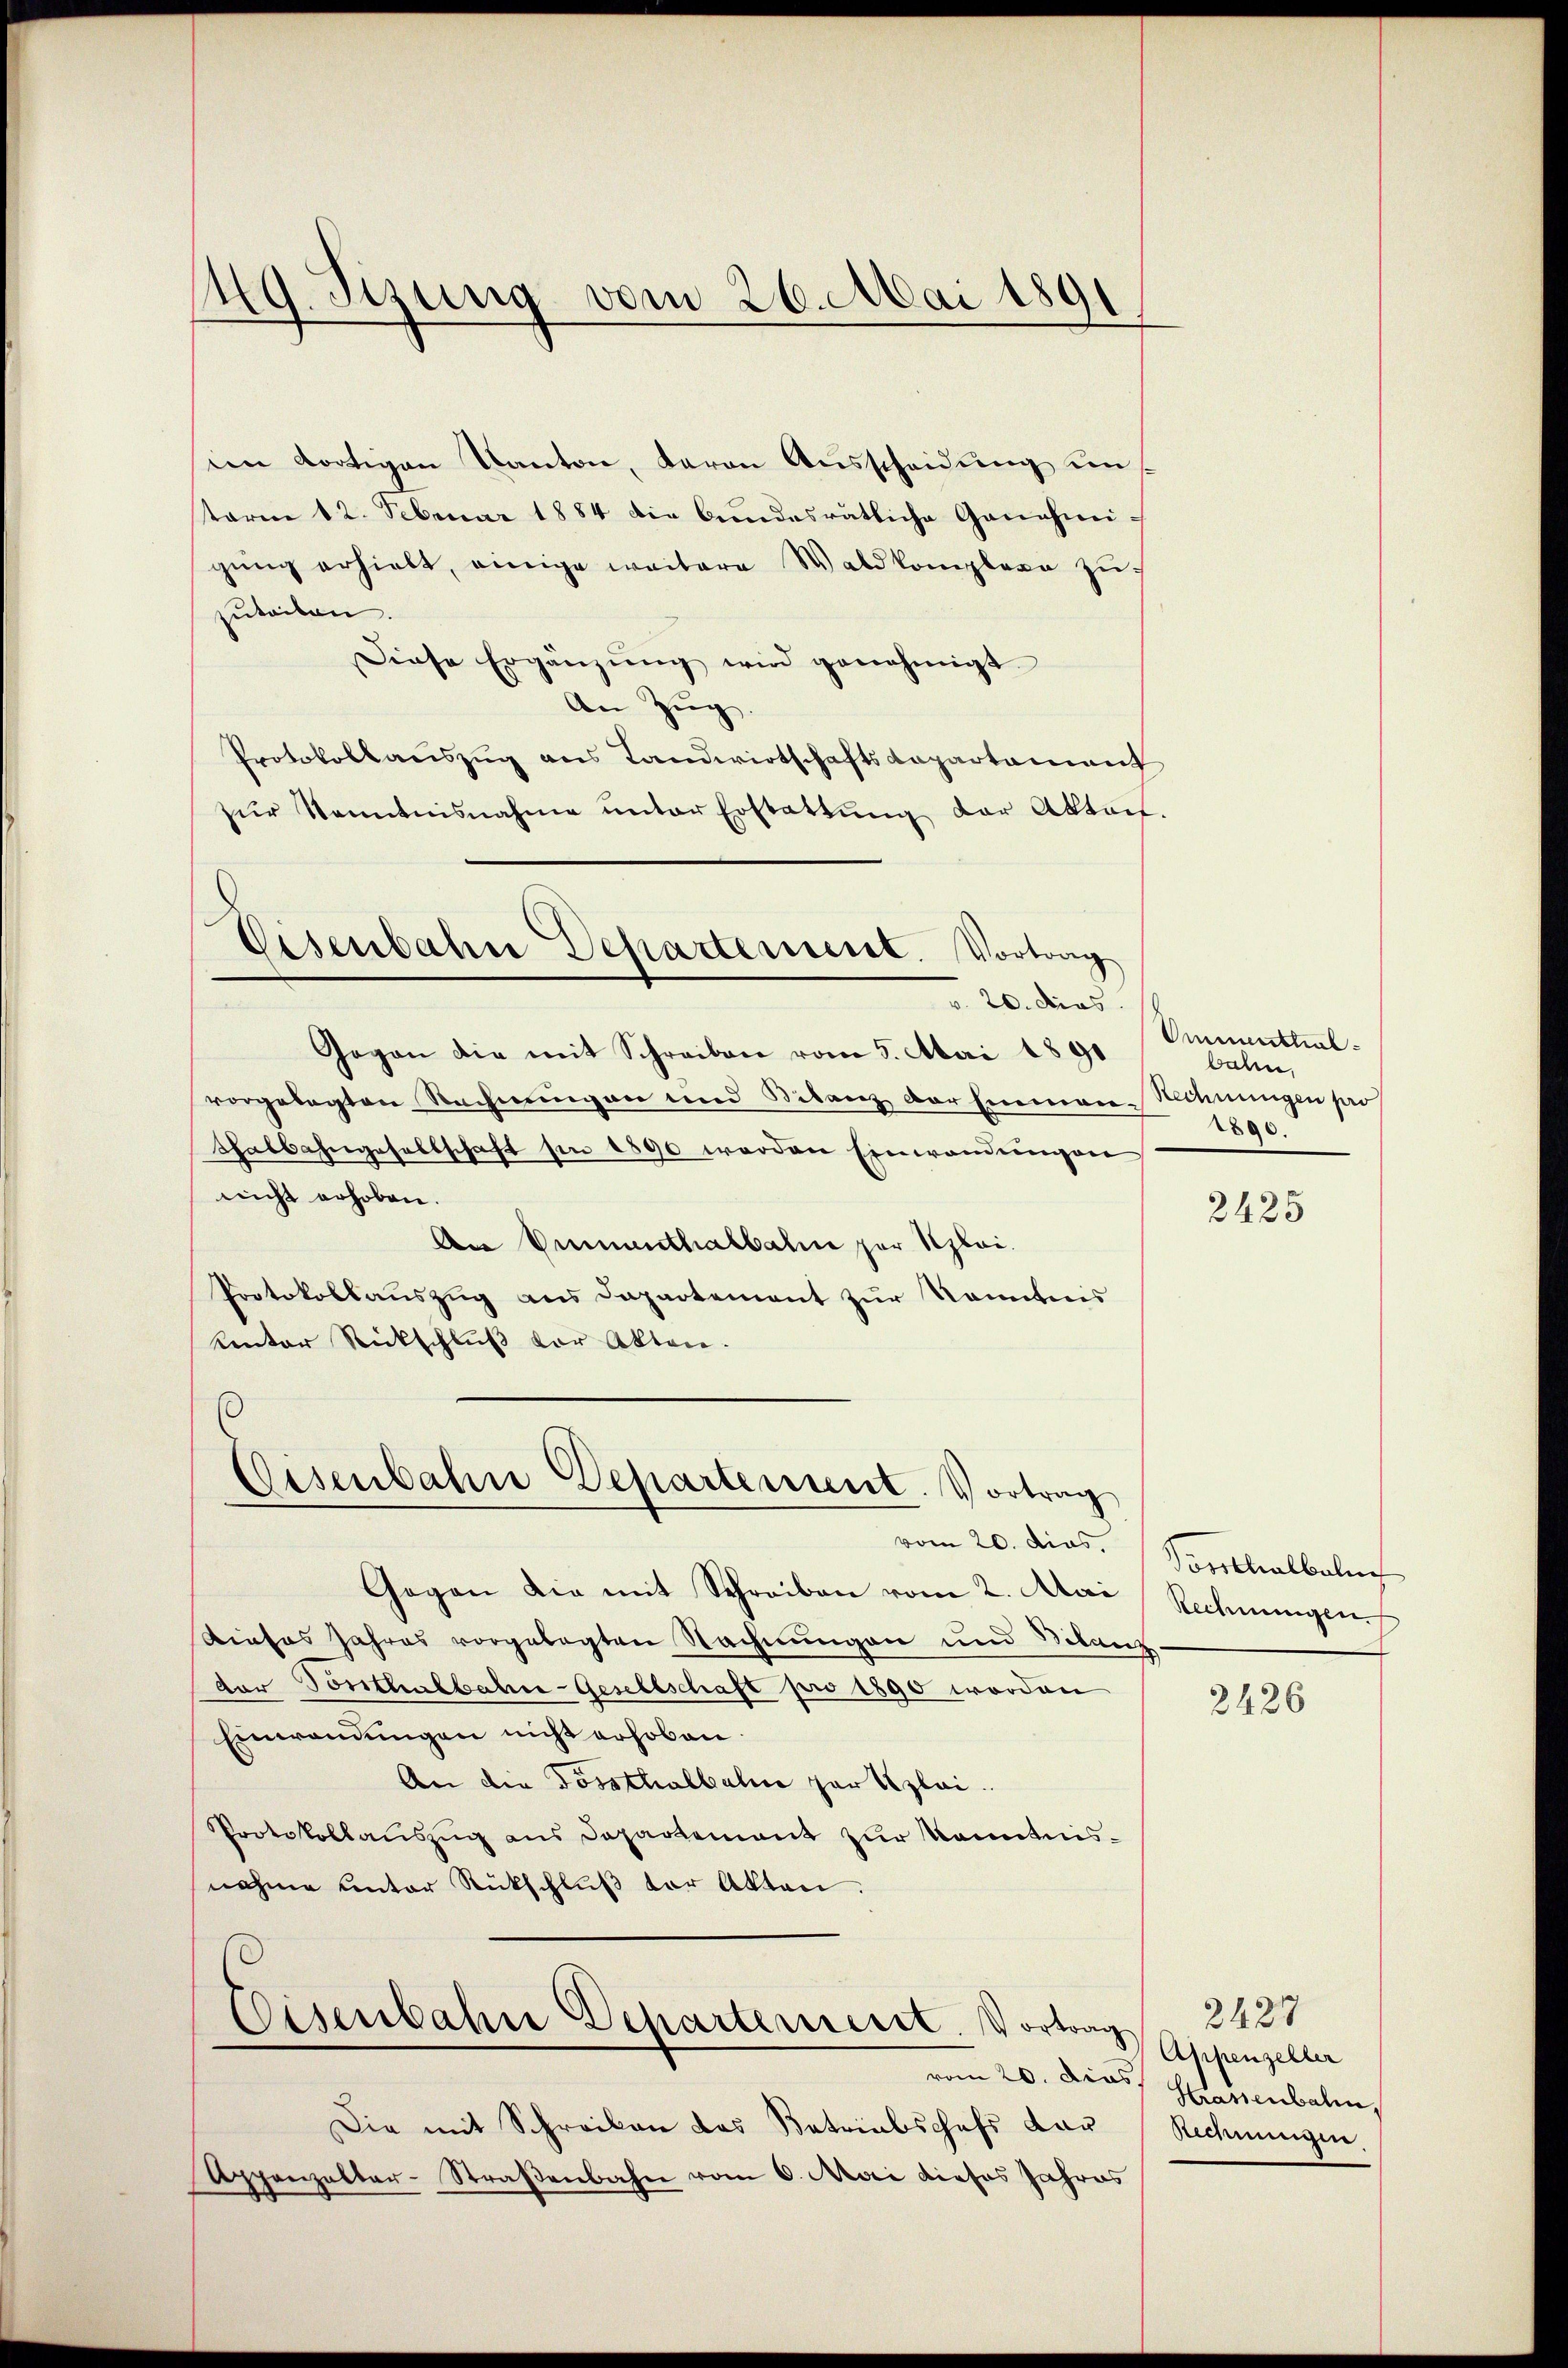
19. Sitzung vom 26. Mai 1891

ien dortigen Kanton, deron Ausscheidung uns
term 12. Februar 1884 die bundesrätliche Genehmi-
gung erhielt, einige weitere Waldkomplexe zu
zuteilen.
Diese Ergänzŭng wird genehmigt
An Zug.
Protokollauszug aus Landwirtschaftsdepartement
zŭr Kenntnisnahme ŭnter Erstattŭng der Aktauf-

Gegen die mit Schreiben vom 5. Mai 1891
vorgelegten Rechnungen und Bilanz der Eneman-Rihnungen pro
shalbahngesellschaft sie 1890 werden Einwendungen
nicht erhoben.
An Einthalbahn zur Klei¬
Protokollauszug aus Departement zur Kenntnis
Kentar Rückschlŭβ vor Akten.

vom 20. dies,
Gegen die mit Schreiben vom 2. Mai
Dieses Jahres vorgelegten Nachnungen und Bilanz
der Vorthalbahn-Gesellschaft pro 1890 worden
Einwendungen nicht erhoben.
An die Fossthalbahne gar klei
Protokollauszug aus Departement zur Kenntnisnahme unter Rückschluß der Akten.

Eisenbahne Departement. Vortrag
v. 20. dies

Eisenbahn Departement. Vortrag

Eisenbahn Departement. Vortrag. 2438

Die mit Schreiben das Betriabschaft dar
Appenzelter-Straßenbahn vom 6. Mai dieses Jahres

Ummenttualbale.
1890.

2425

Vorsthalbeln
Rechnungen

2426

Appenzeller
vom 20. Das Hasenbahn
Aidmungen